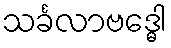
သင်္ခလာဗဒ္ဓေါ